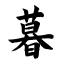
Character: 暮